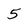
Character: 5